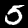
Label: 5